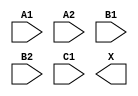
module sky130_fd_sc_ms__a221o (
    //# {{data|Data Signals}}
    input  A1,
    input  A2,
    input  B1,
    input  B2,
    input  C1,
    output X
);

    // Voltage supply signals
    supply1 VPWR;
    supply0 VGND;
    supply1 VPB ;
    supply0 VNB ;

endmodule